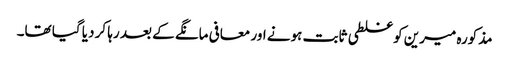
مذکورہ میرین کو غلطی ثابت ہونے اور معافی مانگے کے بعد رہا کر دیا گیا تھا۔